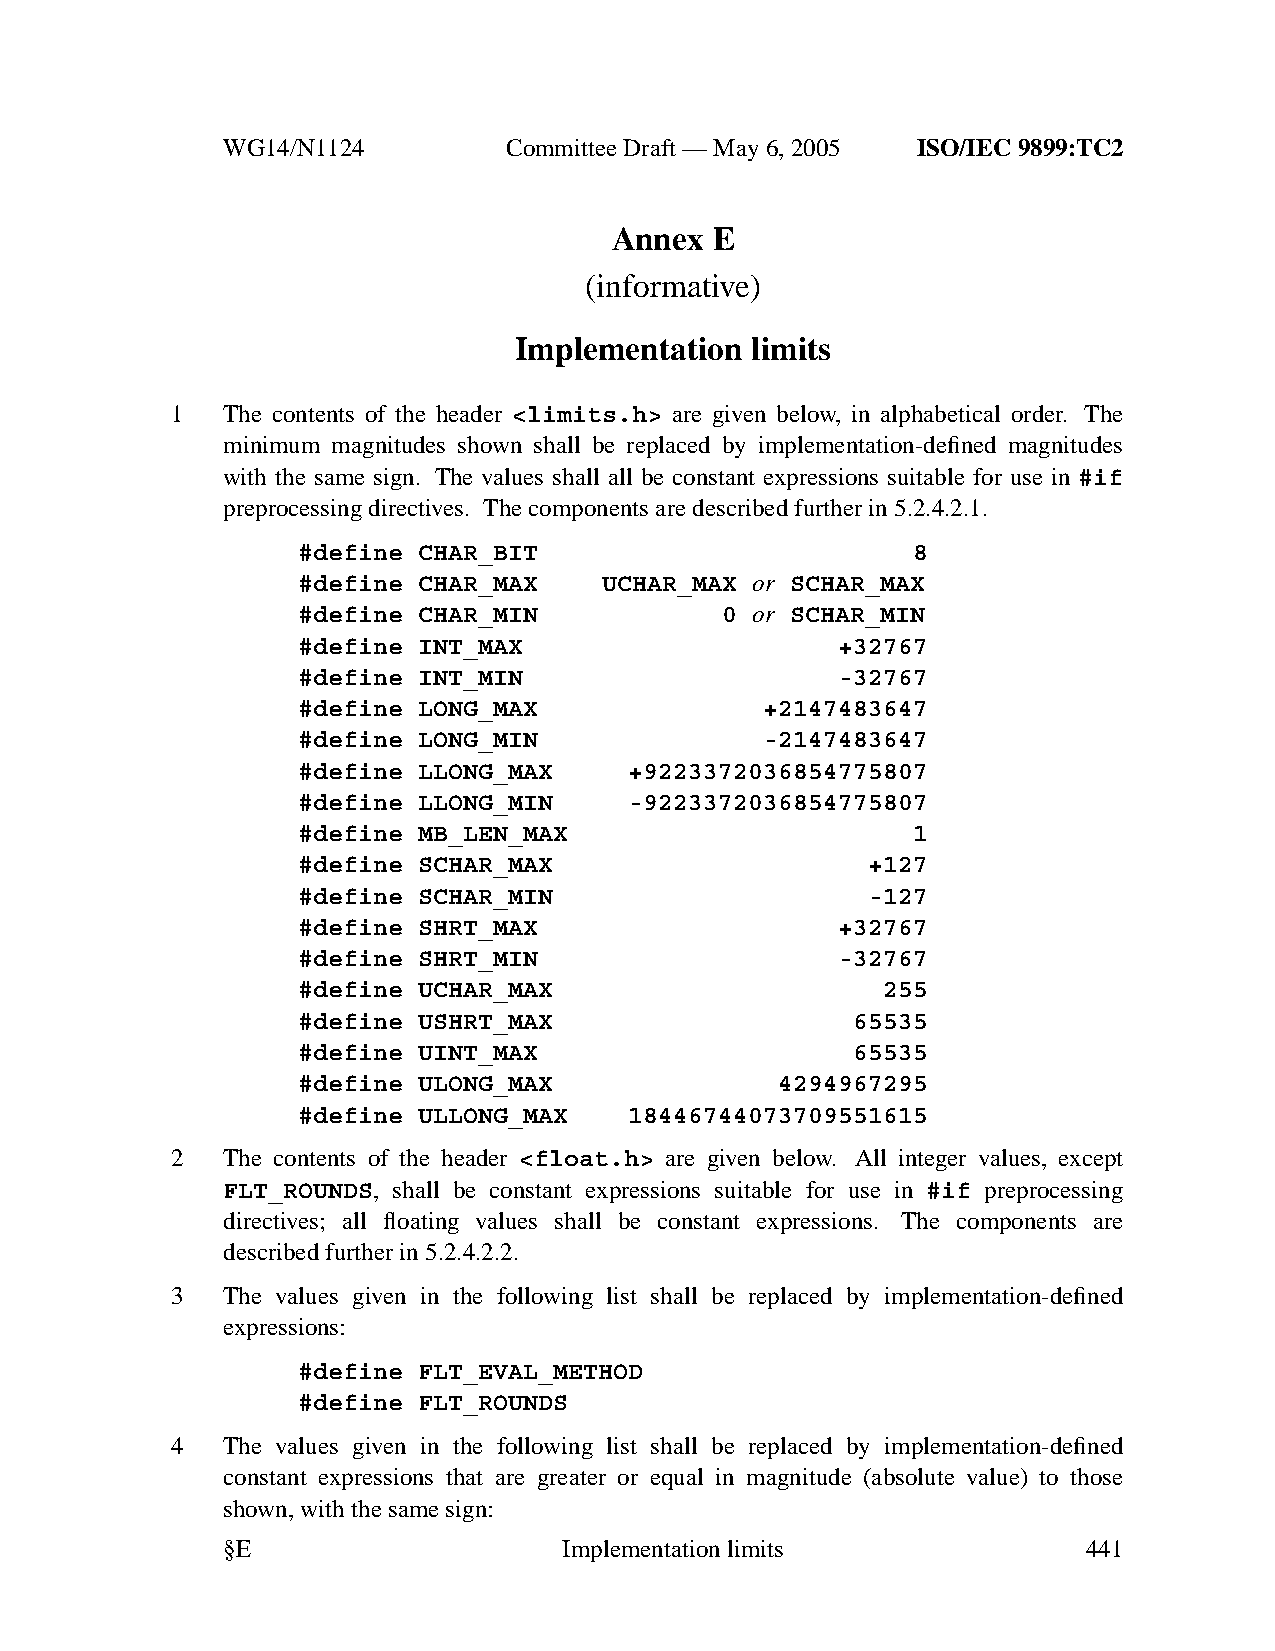
WG14/N1124        CommitteeDraft — May 6, 2005 ISO/IEC 9899:TC2
 Annex  E
 (informative)
 Implementation  limits
 1   The contents of the header <limits.h> are given below, in alphabetical order. The
 minimum magnitudes shown shall be replaced by implementation-defined magnitudes
 with the same sign. The values shall all be constant expressions suitable for use in #if
 preprocessing directives. The components are described further in 5.2.4.2.1.
 #define CHAR_BIT                        8
 #define CHAR_MAX    UCHAR_MAX or SCHAR_MAX
 #define CHAR_MIN            0 or SCHAR_MIN
 #define INT_MAX                    +32767
 #define INT_MIN                    -32767
 #define LONG_MAX               +2147483647
 #define LONG_MIN               -2147483647
 #define LLONG_MAX     +9223372036854775807
 #define LLONG_MIN     -9223372036854775807
 #define MB_LEN_MAX                      1
 #define SCHAR_MAX                    +127
 #define SCHAR_MIN                    -127
 #define SHRT_MAX                   +32767
 #define SHRT_MIN                   -32767
 #define UCHAR_MAX                     255
 #define USHRT_MAX                   65535
 #define UINT_MAX                    65535
 #define ULONG_MAX               4294967295
 #define ULLONG_MAX    18446744073709551615
 2   The contents of the header <float.h> are given below. All integer values, except
 FLT_ROUNDS, shall be constant expressions suitable for use in #if preprocessing
 directives; all floating values shall be constant expressions. The components are
 described further in 5.2.4.2.2.
 3   The values given in the following list shall be replaced by implementation-defined
 expressions:
 #define FLT_EVAL_METHOD
 #define FLT_ROUNDS
 4   The values given in the following list shall be replaced by implementation-defined
 constant expressions that are greater or equal in magnitude (absolute value) to those
 shown, with the same sign:
 §E                    Implementationlimits               441